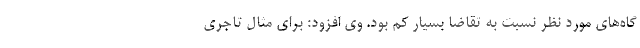
گاه‌های مورد نظر نسبت به تقاضا بسیار کم بود. وی افزود: برای مثال تاجری